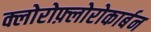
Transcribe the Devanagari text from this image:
क्लोरोफ़्लोरोकार्बन